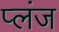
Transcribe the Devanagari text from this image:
प्लंज